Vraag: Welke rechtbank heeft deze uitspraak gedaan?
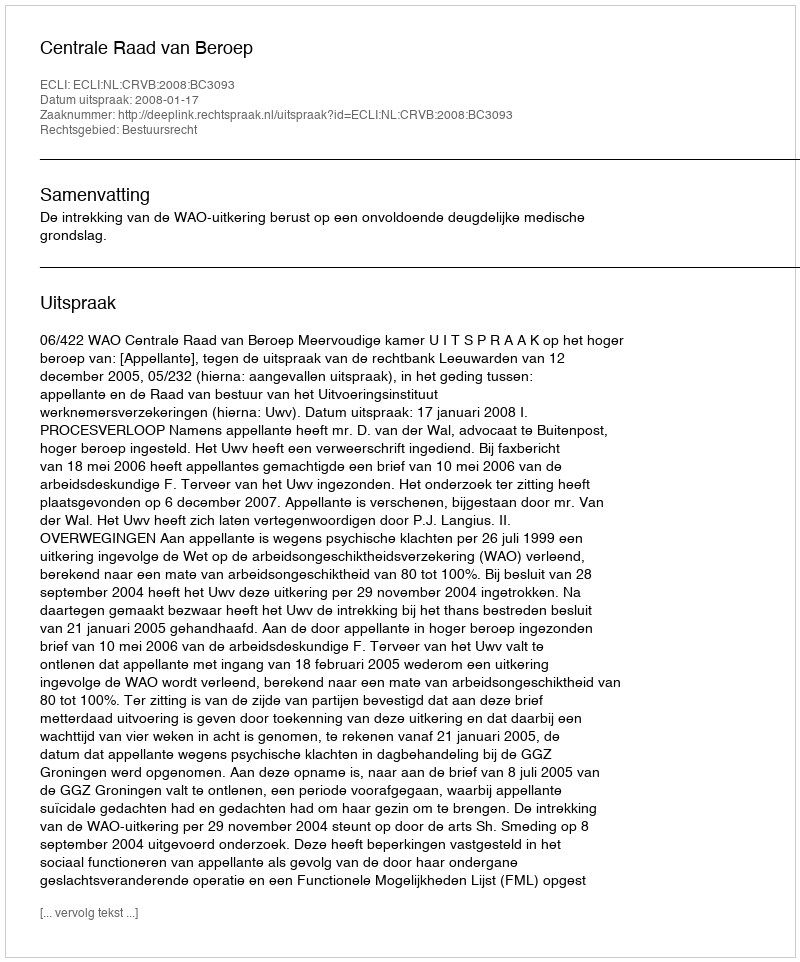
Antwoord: Centrale Raad van Beroep